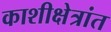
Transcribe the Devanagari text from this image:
काशीक्षेत्रांत